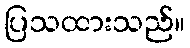
ပြသထားသည်။